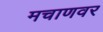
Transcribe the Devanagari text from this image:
मचाणवर